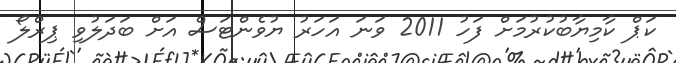
ކަޕް ކާމިޔާބުކުރުމަށް ފަހު 2011 ވަނަ އަހަރު ޔުވެންޓަސް އަށް ބަދަލުވި ޕިރްލޯ